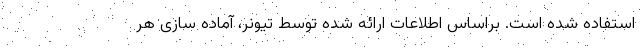
استفاده شده است. براساس اطلاعات ارائه شده توسط تیونر، آماده سازی هر